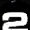
Digit: 2